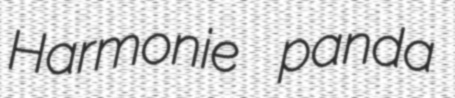
Harmonie panda